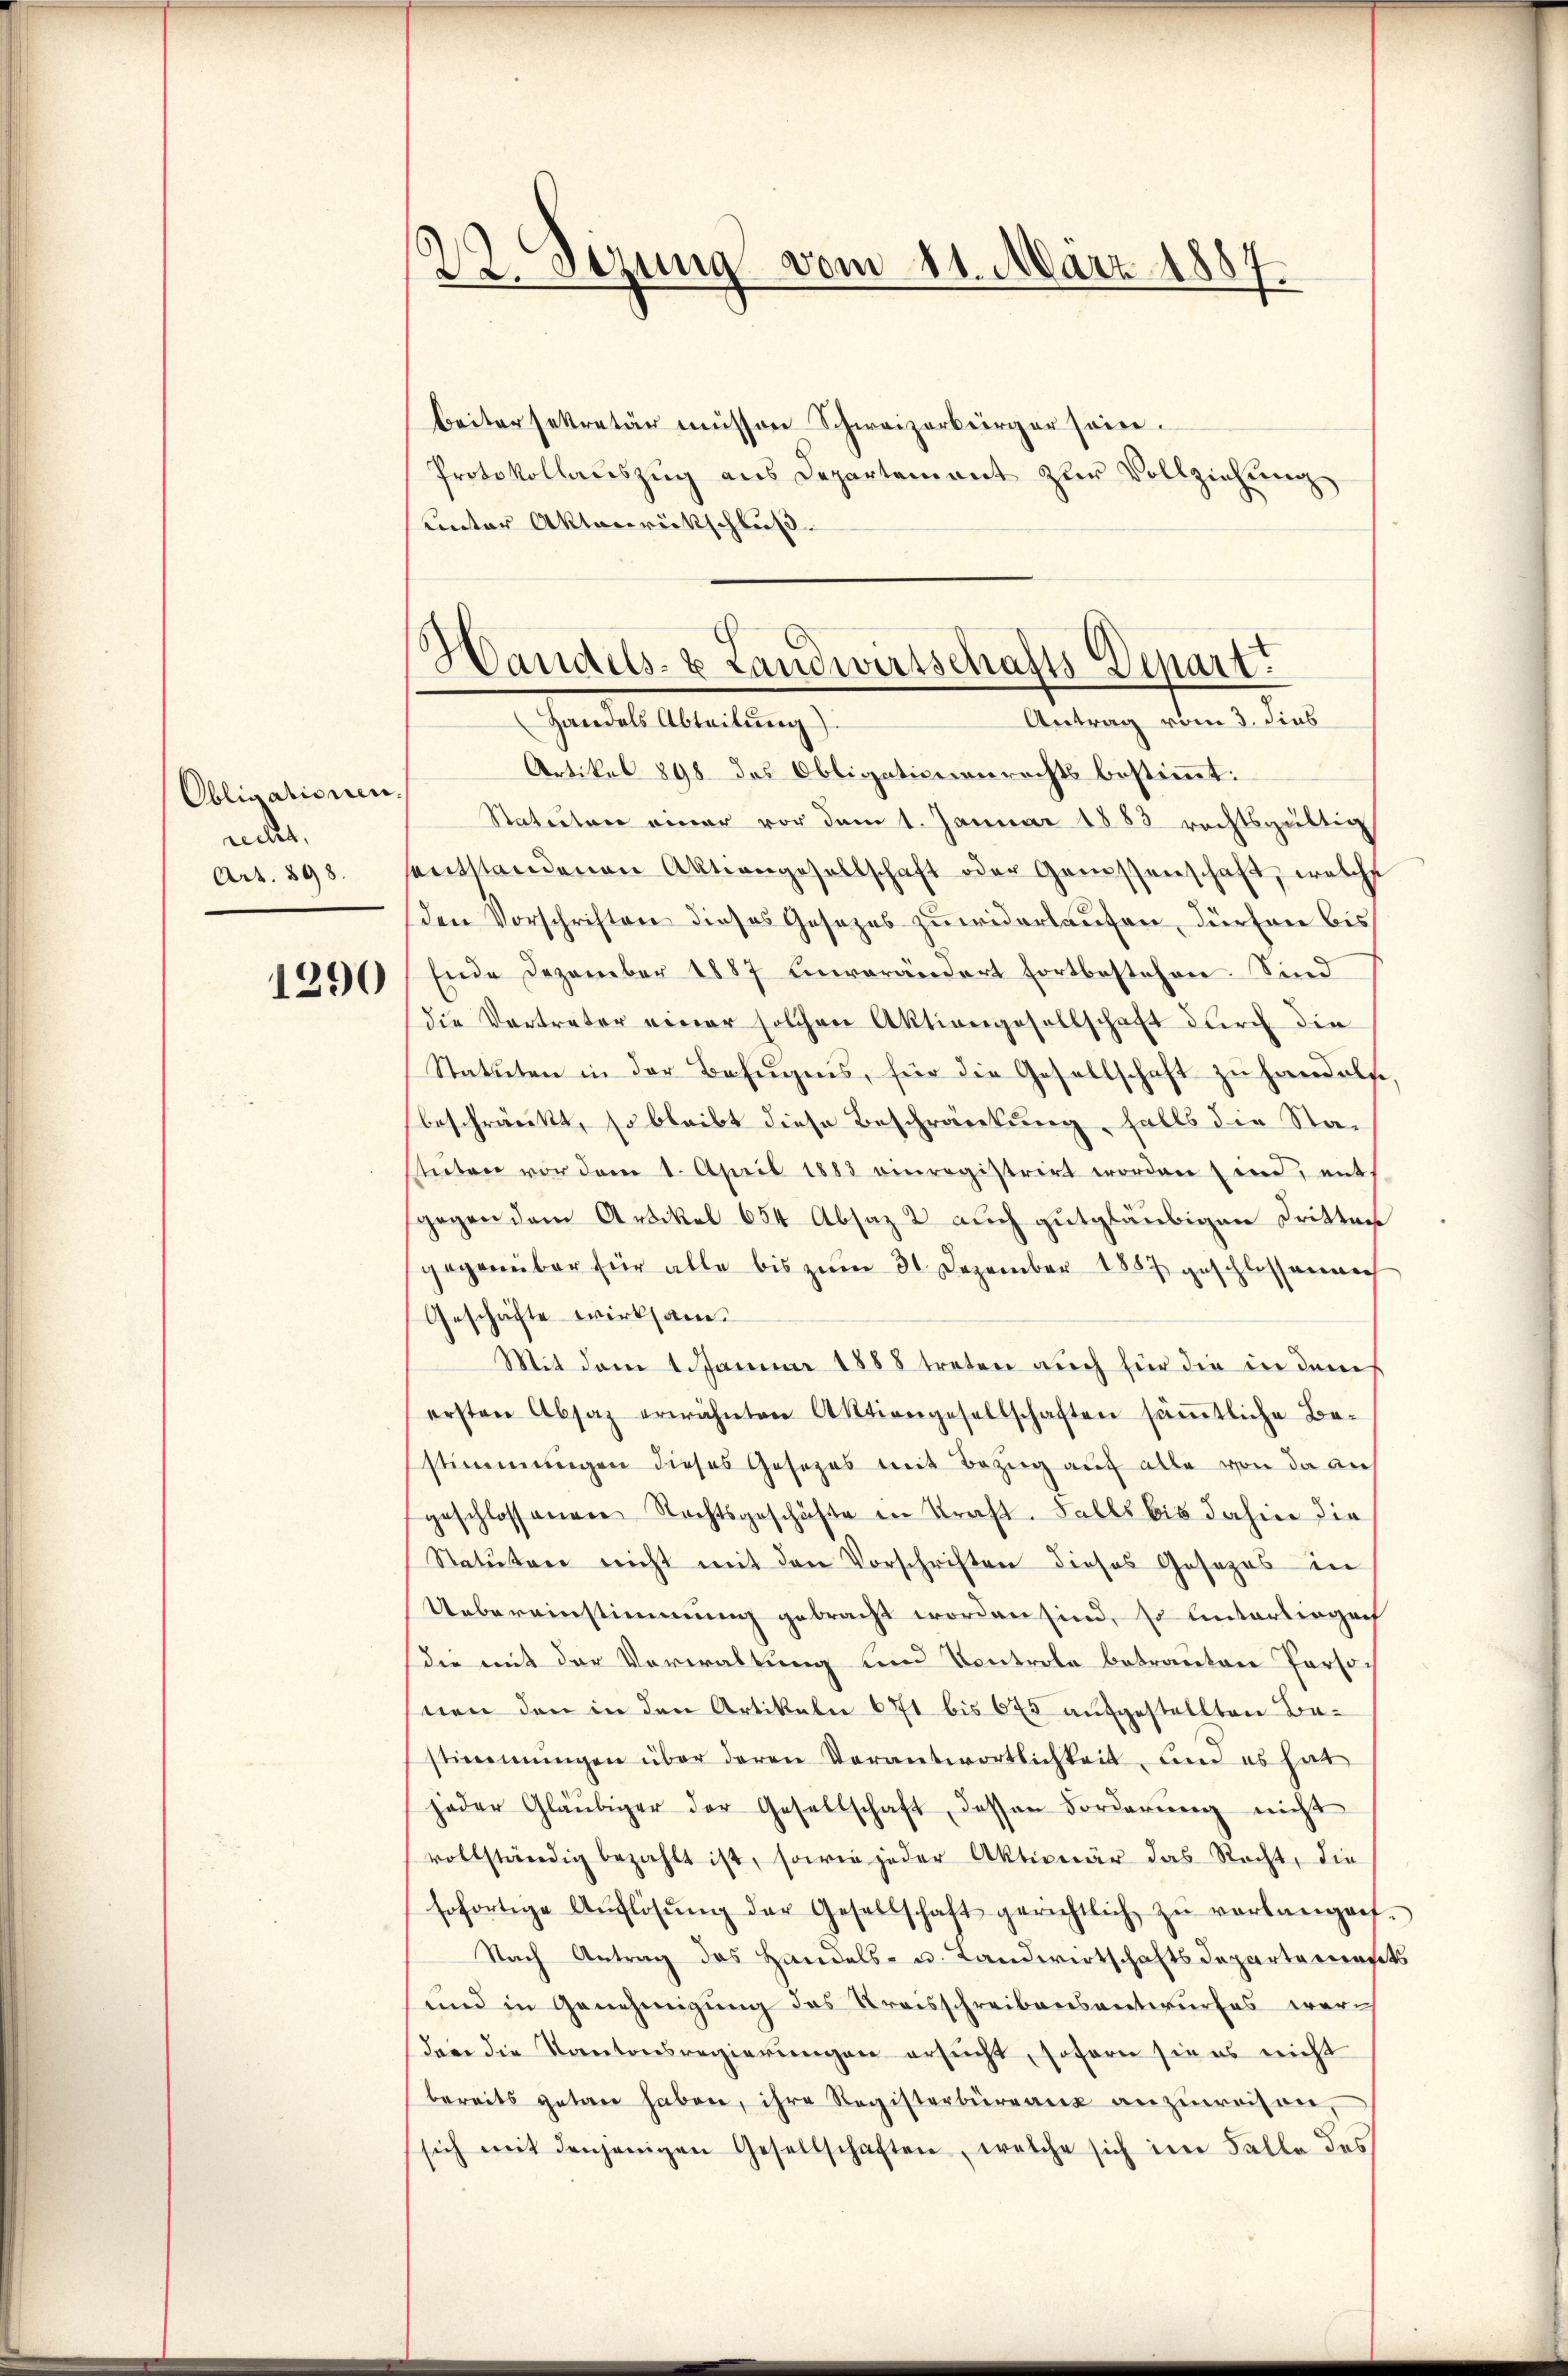
Obligationen.
rechet,
Art. 898.

1290

22. Sezung vom 11. März 1887.

E
.
Handels- & Landwirtschafts-Depart

beitersekretär müssen Schweizerbürger sein.
Protokollaŭszŭg aŭs Departement zŭr Vollziehŭng
Lnter Aktenrückschluß.
Handels Abteilung)
Antrag vom 3. dies
Artikel 898 des Obligationenrechts bestimmt:
Statuten einer vor dem 1. Januar 1883 rechtsgültig
sentstandenen Aktiengesellschaft oder Genossenschaft, welche
den Vorschriften dieses Gesezes zuwiderlaufen, dürfen bis
Ende Dezember 1887 einverändert fortbestehen. Sind
die Vertreter einer solchen Aktiongesellschaft durch die
Statuten in der Befugnis, für die Gesellschaft zŭ handels
beschränkt, so bleibt diese Beschränkung, falls die Stastuten vor dem 1. April 1883 einregistrirt worden sind, mit
gegen dem Artikel 654 Absaz 2 auch gutgläubigen Dritten
gegenüber für alle bis zum 31. Dezember 1857 geschlossen nich
Geschäfte wirksam¬
Mit dem 1 Januar 1888 treten auch für die in dem
ersten Absaz erwähnten Aktiengesellschaften säṁtliche Be-
stimmungen dieses Gesezes mit Bezug auf alle von da an
geschlossenen Rechtsgeschäfte in Kraft. Falls bis dahier die
Statuten nicht mit den Vorschriften dieses Gesezes in
Uebereinstimmung gebracht worden sind, so unterliegenh
die mit der Verwaltung und Controle betrauten Personen den in den Artikeln 671 bis 675 aufgestellten Bestimmungen über deren Verantwortlichkeit, und es hat
jeder Gläubiger der Gesellschaft dessen Forderŭng nicht
vollständig bezahlt ist, sowie jeder Aktionär das Recht, die
sofortige Auflösŭng der Gesellschaft gerichtlich zŭ verlangef
Nach Antrag das Handels- u. Landwirtschaftsdepartetensits
und in Genehmigung des Kreisschreibensantwurfes war
dem die Kantonsregierungen ersucht, soforn sie es nicht
bereits getan haben, ihre Registerbüreaŭs anzŭweisen.
sich mit denjenigen Gesellschaften, welche sich im Falle des